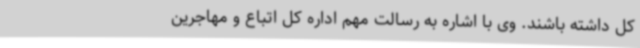
کل داشته باشند. وی با اشاره به رسالت مهم اداره کل اتباع و مهاجرین